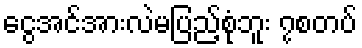
ငွေအင်အားလဲမပြည့်စုံဘူး ၇စတပ်